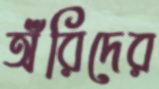
অঁরিদের